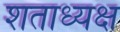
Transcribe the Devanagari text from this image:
शताध्यक्ष